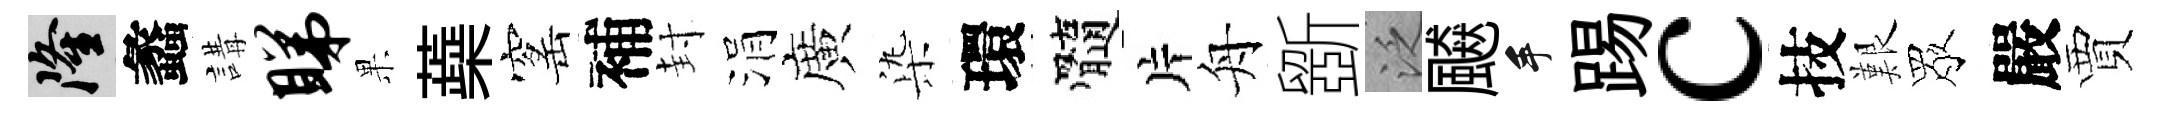
隆蠡講睇果蘃窰補封涓廣𣑱環髓片舟斵泛飇手踢c技艱眾嚴賈